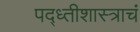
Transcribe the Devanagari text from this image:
पद्ध्तीशास्त्राचं